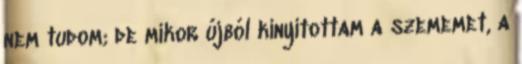
nem tudom; de mikor újból kinyitottam a szememet, a